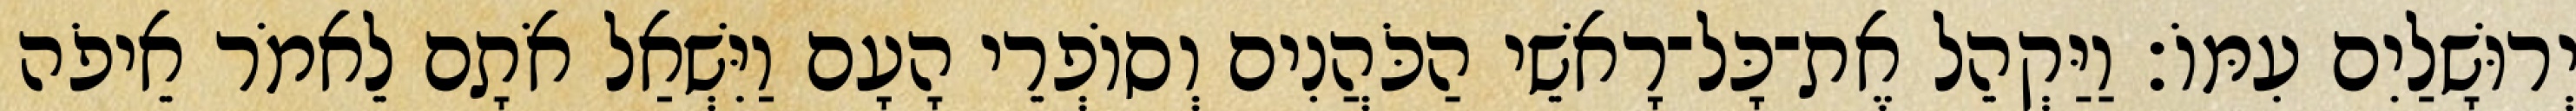
יְרוּשָׁלַיִם עִמּוֹ׃ וַיַּקְהֵל אֶת־כָּל־רָאשֵׁי הַכֹּהֲנִים וְסוֹפְרֵי הָעָם וַיִּשְׁאַל אֹתָם לֵאמֹר אֵיפֹה